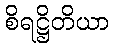
စိရဋ္ဌိတိယာ